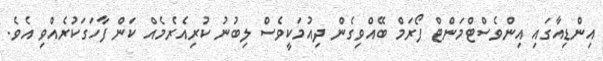
އިންޑިއާގައި އިންވެސްޓްމަންޓް ފޯރަމް ބޭއްވިގެން ދިއުމަކީވެސް ލިބުނު ކުރިއެރެމެއް ކަން ފާހަގަކުރެއްވި އެވެ.